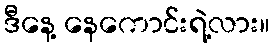
ဒီနေ့ နေကောင်းရဲ့လား။